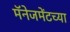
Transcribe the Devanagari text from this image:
मॅनेजमेंटच्या